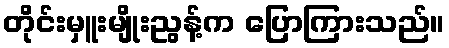
တိုင်းမှူးမျိုးညွန့်က ပြောကြားသည်။